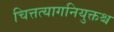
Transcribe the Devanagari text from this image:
चित्तत्यागनियुक्तश्च